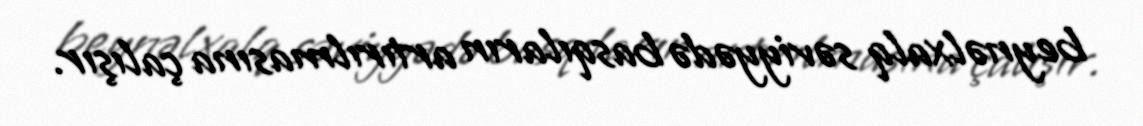
beynəlxalq səviyyədə basqıların artırılmasına çalışır.